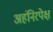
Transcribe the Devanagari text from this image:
अहंनिरपेक्ष